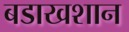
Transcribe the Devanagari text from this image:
बडाखशान